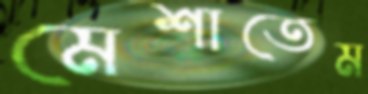
মেশাতেম